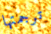
ترجمتها